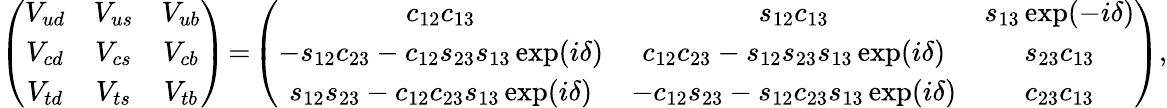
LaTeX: \left(\begin{array}{ccc}{{V_{ud}}}&{{V_{us}}}&{{V_{ub}}}\\ {{V_{cd}}}&{{V_{cs}}}&{{V_{cb}}}\\ {{V_{td}}}&{{V_{ts}}}&{{V_{tb}}}\end{array}\right)\! =\! \left(\begin{array}{ccc}{{c_{12}c_{13}}}&{{s_{12}c_{13}}}&{{s_{13}\exp(-i\delta)}}\\ {{-s_{12}c_{23}-c_{12}s_{23}s_{13}\exp(i\delta)}}&{{c_{12}c_{23}-s_{12}s_{23}s_{13}\exp(i\delta)}}&{{s_{23}c_{13}}}\\ {{s_{12}s_{23}-c_{12}c_{23}s_{13}\exp(i\delta)}}&{{-c_{12}s_{23}-s_{12}c_{23}s_{13}\exp(i\delta)}}&{{c_{23}c_{13}}}\end{array}\right),